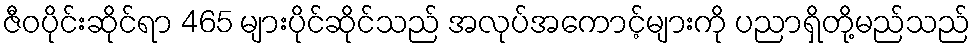
ဇီဝပိုင်းဆိုင်ရာ 465 များပိုင်ဆိုင်သည် အလုပ်အကောင့်များကို ပညာရှိတို့မည်သည်